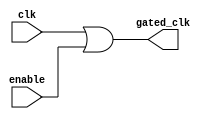
module clock_gating (
    input wire clk,          // Primary clock signal
    input wire enable,       // Enable signal to control clock gating
    output wire gated_clk    // Gated clock signal for memory blocks
);

// OR gate implementation for clock gating
assign gated_clk = clk | enable;

endmodule